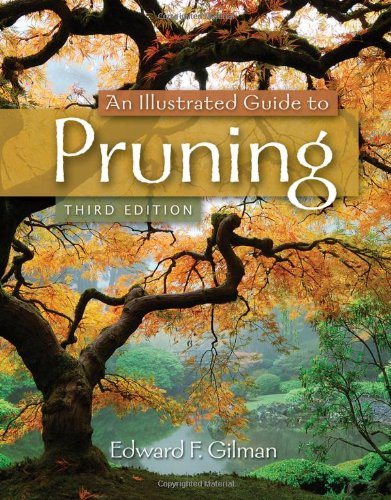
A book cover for An Illustrated Guide to Pruning; Edward F. Gilman; Crafts, Hobbies & Home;